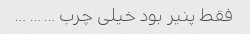
فقط پنیر بود خیلی چرب … … …